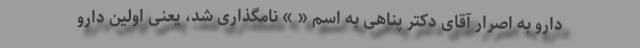
دارو به اصرار آقای دکتر پناهی به اسم « » نامگذاری شد، یعنی اولین دارو